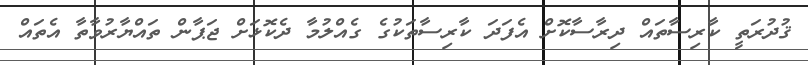
ޤުދުރަތީ ކާރިސާތައް ދިރާސާކޮށް އެފަދަ ކާރިސާތަކުގެ ގެއްލުމާ ދެކޮޅަށް ޖަޕާން ތައްޔާރުވާތާ އެތައް